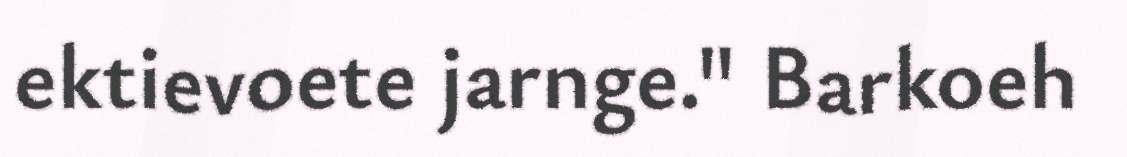
ektievoete jarnge." Barkoeh